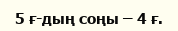
5 ғ-дың соңы – 4 ғ.